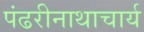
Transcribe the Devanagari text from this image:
पंढरीनाथाचार्य